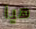
هيا